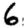
Digit: 6